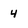
Character: 4